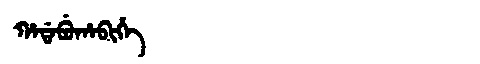
Manchu: ᡥᠠᡩᠠᠪᡠᡥᠠᠪᡳᡥᡝ
Romanization: HADABUHABIHE